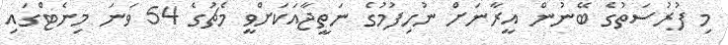
މި ފުރުސަތުގެ ބޭނުން އީރާނަށް ނުހިފުމުގެ ނަތީޖާއަކަށްވީ މެޗުގެ 54 ވަނަ މިނެޓްގައި